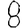
Digit: 8